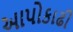
આપોકાઢી